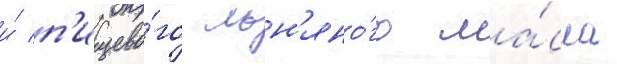
и́ п'ищево́го льн'яно́го ма́сла